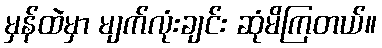
မှန်ထဲမှာ မျက်လုံးချင်း ဆုံမိကြတယ်။